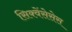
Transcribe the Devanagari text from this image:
सिक्वेंसेसेस